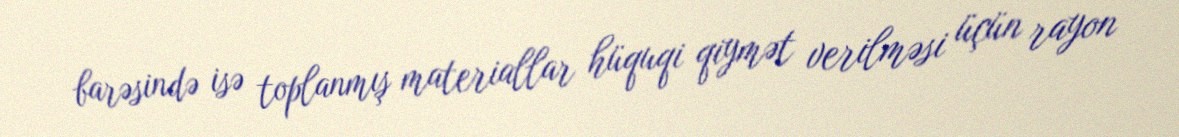
barəsində isə toplanmış materiallar hüquqi qiymət verilməsi üçün rayon